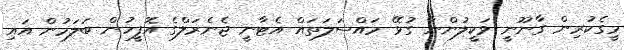
މީގެކުރިން ގާނޫނީ ވަކީލުންނާ ގުޅޭ މައްސަލަތައް އެޓާނީ ޖެނެރަލްގެ އޮފީހުން ބަލަމުން އައި